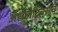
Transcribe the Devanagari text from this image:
अॅथलेटिक्सचे